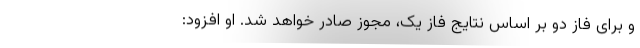
و برای فاز دو بر اساس نتایج فاز یک، مجوز صادر خواهد شد. او افزود: